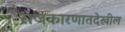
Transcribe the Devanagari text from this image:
राजकारणातदेखील